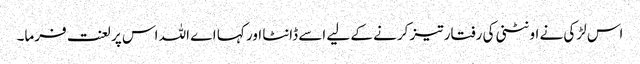
اس لڑکی نے اونٹنی کی رفتار تیز کرنے کے لیے اسے ڈانٹا اور کہا اے اللہ اس پر لعنت فرما۔